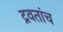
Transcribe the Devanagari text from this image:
द्रवतांच